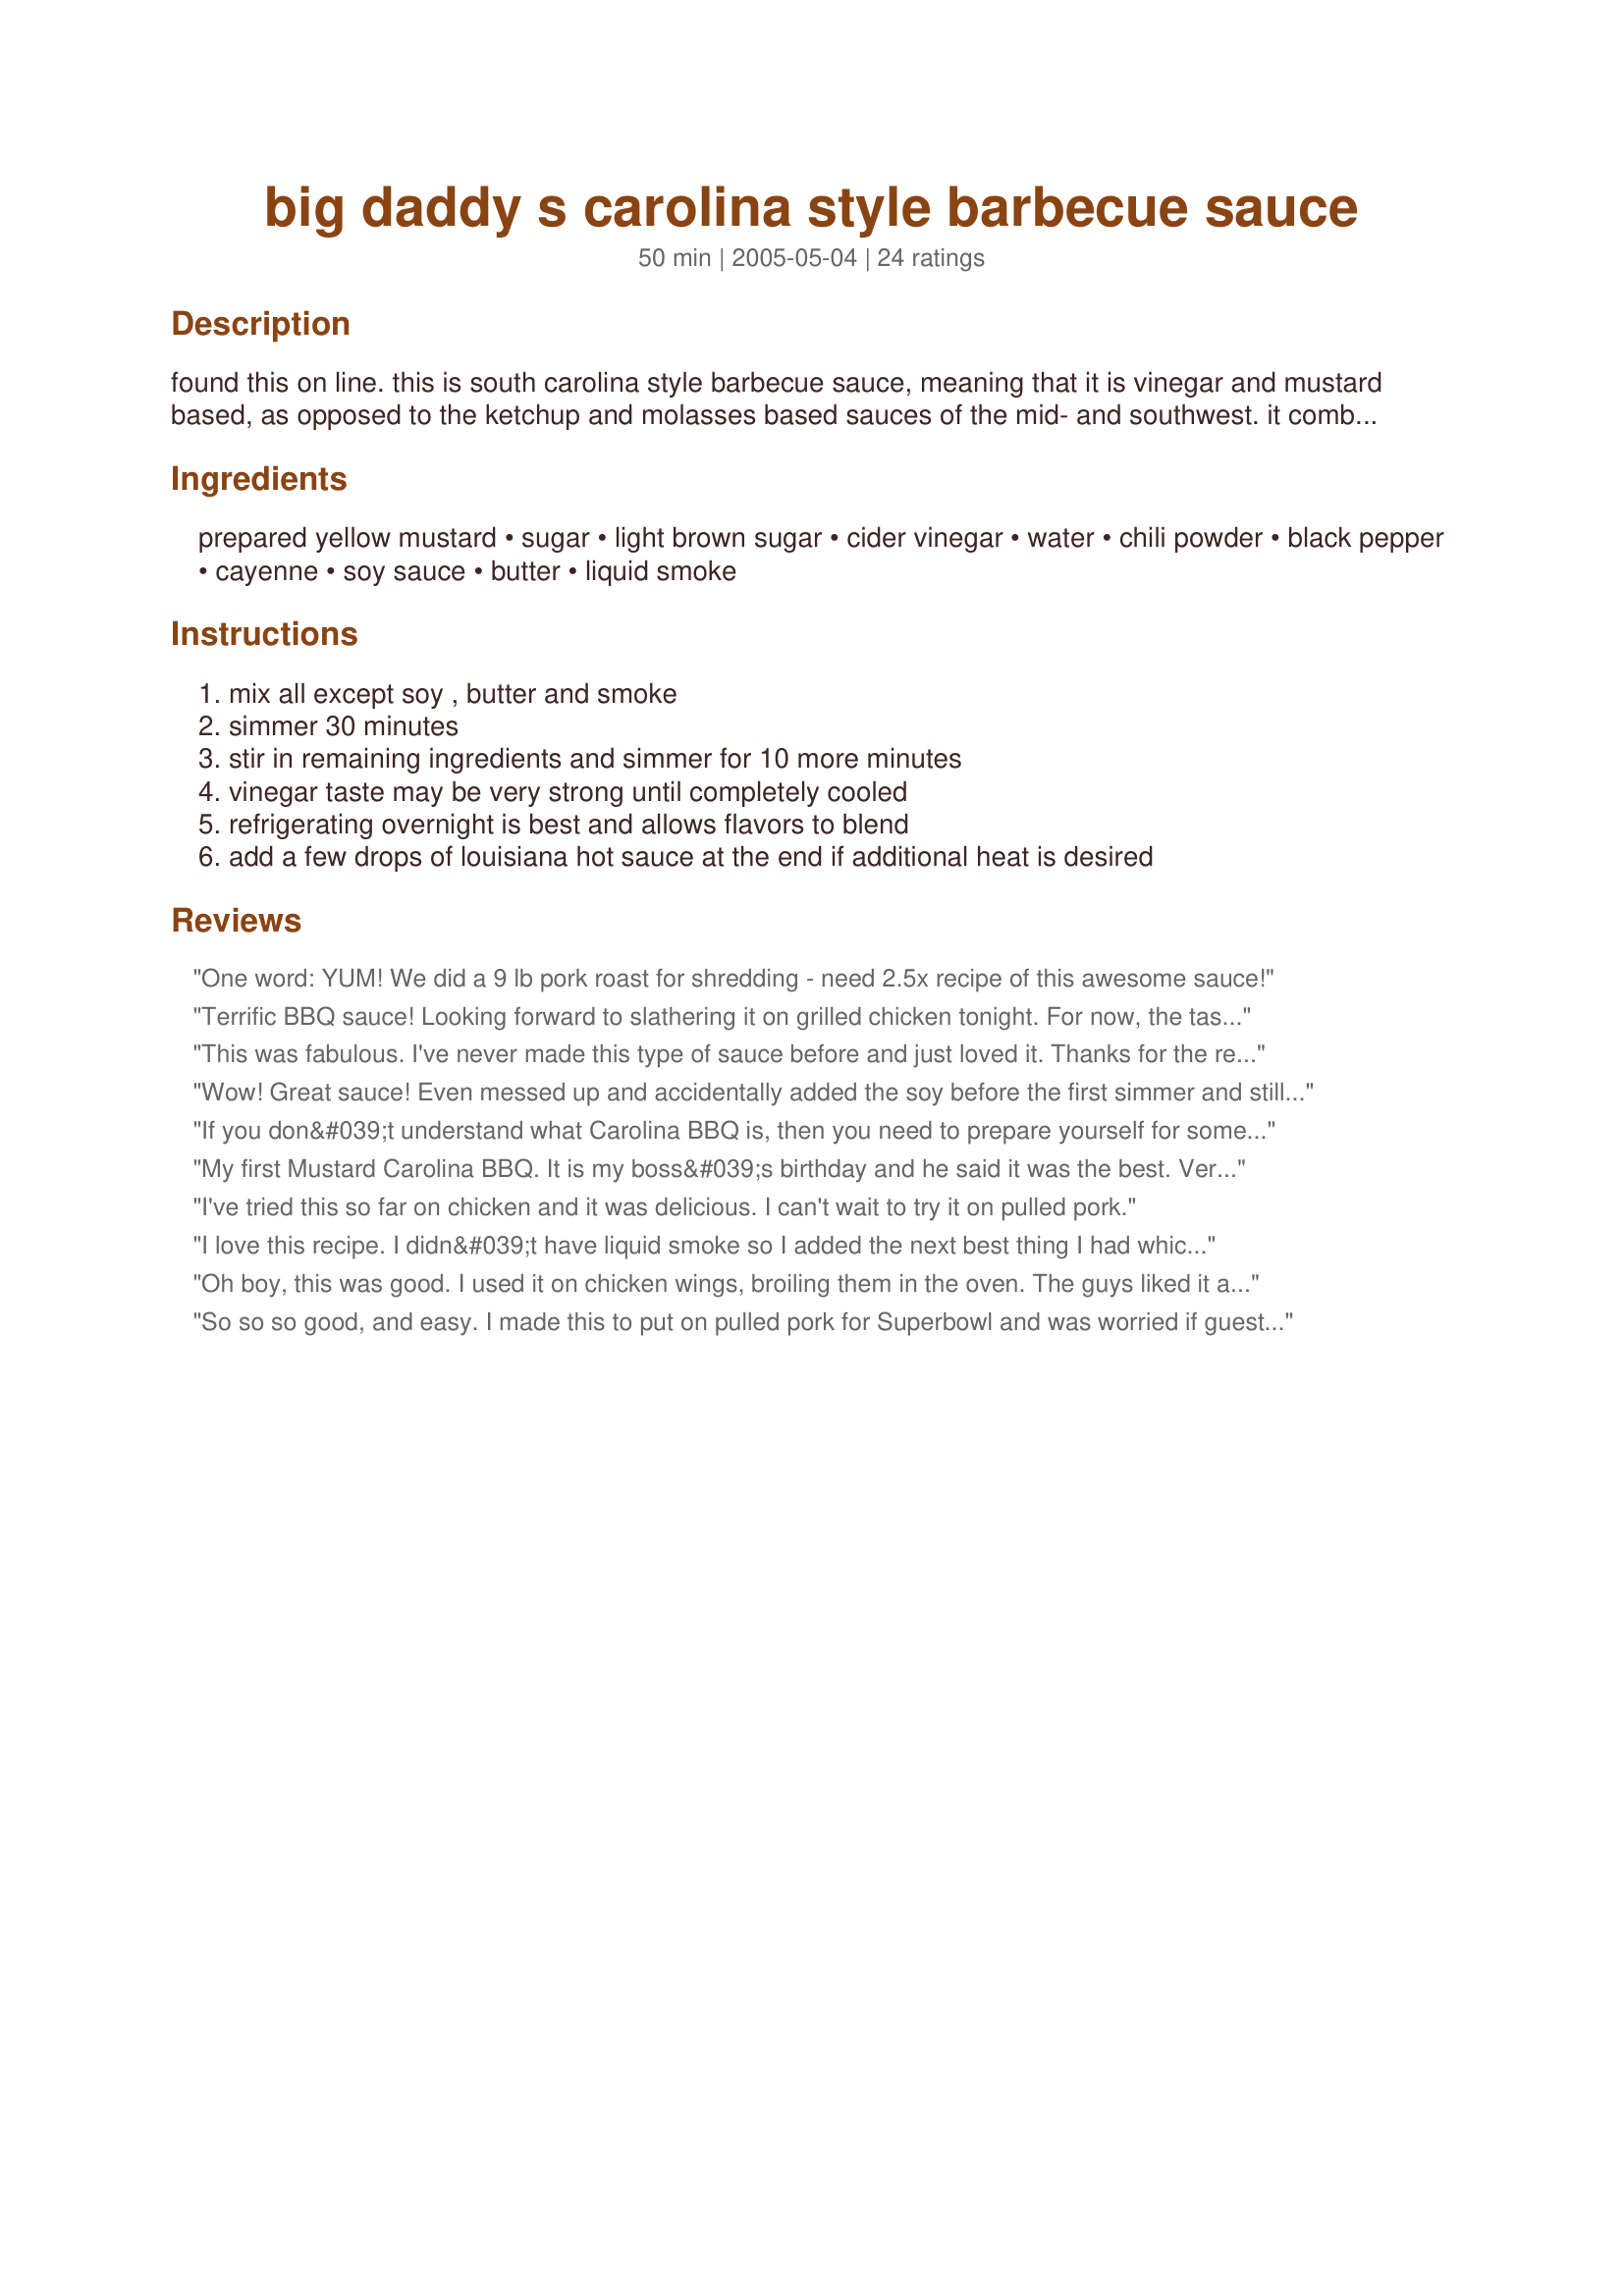
big daddy s carolina style barbecue sauce
Preparation time: 50 minutes

found this on line. this is south carolina style barbecue sauce, meaning that it is vinegar and mustard based, as opposed to the ketchup and molasses based sauces of the mid- and southwest. it combination of sweet and tangy flavors bring out the absolute best in grilled pork or chicken.

Ingredients:
prepared yellow mustard, sugar, light brown sugar, cider vinegar, water, chili powder, black pepper, cayenne, soy sauce, butter, liquid smoke

Steps:
mix all except soy , butter and smoke, simmer 30 minutes, stir in remaining ingredients and simmer for 10 more minutes, vinegar taste may be very strong until completely cooled, refrigerating overnight is best and allows flavors to blend, add a few drops of louisiana hot sauce at the end if additional heat is desired

Reviews:
One word: YUM! We did a 9 lb pork roast for shredding - need 2.5x recipe of this awesome sauce!
Terrific BBQ sauce! Looking forward to slathering it on grilled chicken tonight. For now, the taste right out of the bowl is spot on - tangy, slightly sweet, love the mustard base. Halved the recipe; yield was about 1 cup. Used about 1/4 tsp chipotle chili powder in place of liquid smoke [none on hand].
This was fabulous. I've never made this type of sauce before and just loved it. Thanks for the recipe, will make again.
Wow! Great sauce! Even messed up and accidentally added the soy before the first simmer and still came out great! Don&#039;t think I&#039;ll be using store bought bbq sauce for pulled pork ever again! Thanks for sharing!
If you don&#039;t understand what Carolina BBQ is, then you need to prepare yourself for something different. This has no tomato paste or sauce in it. It has no molasses in it. It is a mustard and vinegar based sauce that doesn&#039;t even compare to Memphis, KC, Texas or southwest BBQ.

Having said that, I will now state with confidence that this basic Carolina sauce is wonderful for its simplicity. It is about as easy to make as one could hope and conveys all of the taste one would expect from a roadside pulled pork joint somewhere between New Bern and Durham. Simply a wonderful sauce that you can&#039;t go wrong with.
My first Mustard Carolina BBQ. It is my boss&#039;s birthday and he said it was the best. Very nice! I love the balance of the heat, great kick, but not too much, the mustard and apple cider really come through.
I've tried this so far on chicken and it was delicious. I can't wait to try it on pulled pork.
I love this recipe. I didn&#039;t have liquid smoke so I added the next best thing I had which was some corona beer. This sauce I make alot because I have changed the minds of some of my family &amp;friends. To give carolina style bbq a chance. -From Tx
Oh boy, this was good. I used it on chicken wings, broiling them in the oven. The guys liked it alot, and although I didn't eat the chicken wings, I did love the sauce. Thanks Rita!
So so so good, and easy. I made this to put on pulled pork for Superbowl and was worried if guests would like it. No fear! I&#039;m lucky to have enough for left-overs. First time even tasting Carolina-style BBQ sauce and this is absolutely a winner. As directions say, let it cool down completely before judging acidity but it&#039;s definitely spoon-lickin&#039; good.
I made half the recipe. This bbq sauce is so good. I like the taste of smoke liquid in recipes and it was great also in this sauce. Thanks Rita :) Made for All you can cook buffet.
I think it&#039;s clear the one star reviewer thought this would be a tomato or &#039;red&#039; based sauce, not a Carolina mustard/vinegar sauce. Anyway I made it- it is true to the form of a Carolina mustard mop sauce. Had it on smoked pulled pork sandwiches and it was very, very good. Good recipe if you like a Carolina MUSTARD/VINEGAR based sauce!
This was a very good sauce. It was excellent drizzled over my husbands smoked pork. I have grown tired of tomato based sasuces- and this one is a fantastic alternative.
I made a big mistake and cut this in half since only 2 of us like bbq sauce. Poor DH almost cried when he asked for more and I said there wasn't any! Halved, it cooked down to only 1/2 cup of sauce. I was hoping this was similar to a bbq we had in N. Carolina this past summer, but this was BETTER! What a powerful punch of flavor! I mixed this in with some pulled pork for sandwiches and it was divine. We both thank you, Rita!
I&#039;m not sure if the person who gave this one star messed up the recipe or what, but this was amazing on my pulled pork sandwiches. A little tangy, a little sweet, a little heat. Delicious!
I made this for my pulled pork. I had to make a couple of substitutions as my pantry was short. I used regular vinegar instead of cider and I found out I was out of liquid smoke so I used smoked paprika instead. A great sauce, thickened nicely and I'll use it on chicken as well. Thanks for the recipe.
I just made this sauce, and after it cooled down, I took a taste, I cant stop tasting it because its so good, I am going to let it sit in the fridge a couple days, to use an a 12 pound pork butt shoulder blade I am going to smoke, cant wait to taste it on the meat, I tripled the recipe, I just cut down on the cayanne, and I did not use the liqid smoke, because I am going to smoke the meat with hickory chunks. cant wait to try on pork ribs.
This sauce is incredible. I made it exactly as it says with the exception of only 3/4 cup of mustard (because I ran out) 1 cup of cider vinegar (because I like the added punch) and I also added a dash of worshteshire sauce when I added the butter and soy sauce. I also put about a half tsp of red pepper flakes along with a few dabs of Texas Pete. The recipe is by far the best I&#039;ve had as far as home made goes. Great job OP. YOU are my hero.
I've tried it and I like it. I made it exactly as the ingredients stated. I know some like to "tweak" recipes before trying it. I don't particularly like that approach, but that's me. Having said that, after making it the first time as is, I used 1/2 of the sugar and brown sugar and it was more to my liking. Very good sauce, Rita!
I want to first offer my apology for writing this as I hate having to give a negative review, but in the interest of others who may make this recipe based upon the reviews I want to offer some caution.&lt;br/&gt;&lt;br/&gt;This review should have been written some time ago right after I had made and tried the sauce(I don&#039;t know why it wasn&#039;t), but the feeling and memory of the experience was so strong it lingers to this day. &lt;br/&gt;&lt;br/&gt;I&#039;d say about a couple of years ago I tried this recipe to use on some pork ribs and to me it was simply INEDIBLE.&lt;br/&gt;&lt;br/&gt;While I had some reservations and doubts about the recipe, I choose to go ahead and make it based upon the many and overwhelmingly positive reviews which were posted. I think I read something about how it was the best of 3 different BBQ sauces which someone made, how even a picky child had liked it and stuff like that, people calling it great even when they don&#039;t really like barbecue sauce. So hearing this I went ahead and made it, I believe as written.&lt;br/&gt;&lt;br/&gt;I realize it was &quot;Carolina style&quot; sauce, mustard and vinegar based and was fine with that because I love mustard, all types and could eat it straight out of the bottle, but for some reason, in this recipe it was simply intolerable.&lt;br/&gt;&lt;br/&gt;I write this because I am still upset at all the time and food/condiments I had wasted. In fact, the recipe was so bad to me and I&#039;m so die hard at not trying to waste anything, I tried to &quot;fix&quot; the recipe(after making it as written) by adding ketchup and more brown sugar, whatever I had, but it was still waaay too tangy or vinegary, or sour our whatever, just inedible. &lt;br/&gt;&lt;br/&gt;If you want to make it go ahead, but I&#039;ll warn you that it does not taste like a traditional barbecue sauce and I would recommend maybe making it in a smaller quantity and sample it before you put it on your meat. You don&#039;t want to learn the hard way like I did, having to throw everything away.
Made this for a pig roast yesterday. Made a double batch and there is none left over. This will be made again, and again and again...
Thanks for a great recipe.
Deeelish. After a trip to Myrtle Beach last year I have been searching for a mustard based BBQ sauce that is as good as the one they serve at Damon&#039;s. I have found it. I made some up last night to mix with some pulled pork and man oh man it is so close to the sauce at Damon&#039;s
My next batch is going on baked wings. Thanks so much for sharing.
I'm not a big fan of the mustard/vinagar based sauces, but DH is so I printed this recipe and gave it to him to make for himself and he used it on a boston butt he smoked last weekend. He made me try it and to my surprise, I loved it, lol. After 30 years of marriage and BBQ, we can now share a wonderful sauce we both love. Thanks for sharing!
This was really good and I will def make again! Friends loved it! I recommend using the 1 teaspoon of pepper and 1/8th teaspoon of cayenne. It was still nice and spicy. And the guy that voted one star... you tried to add ketchup and change to make &quot;traditional bbq sauce&quot;. Read the recipe, it's a carolina mustard-vinegar recipe. Dar da dar dar dar...lol
